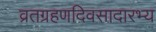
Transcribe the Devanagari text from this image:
व्रतग्रहणदिवसादारभ्य